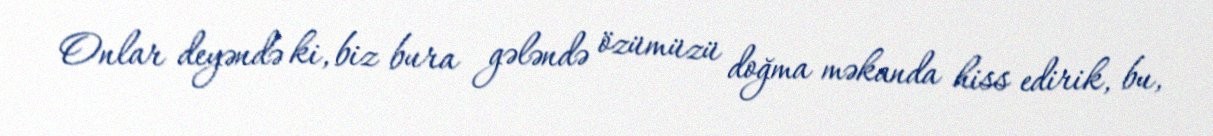
Onlar deyəndə ki, biz bura gələndə özümüzü doğma məkanda hiss edirik, bu,